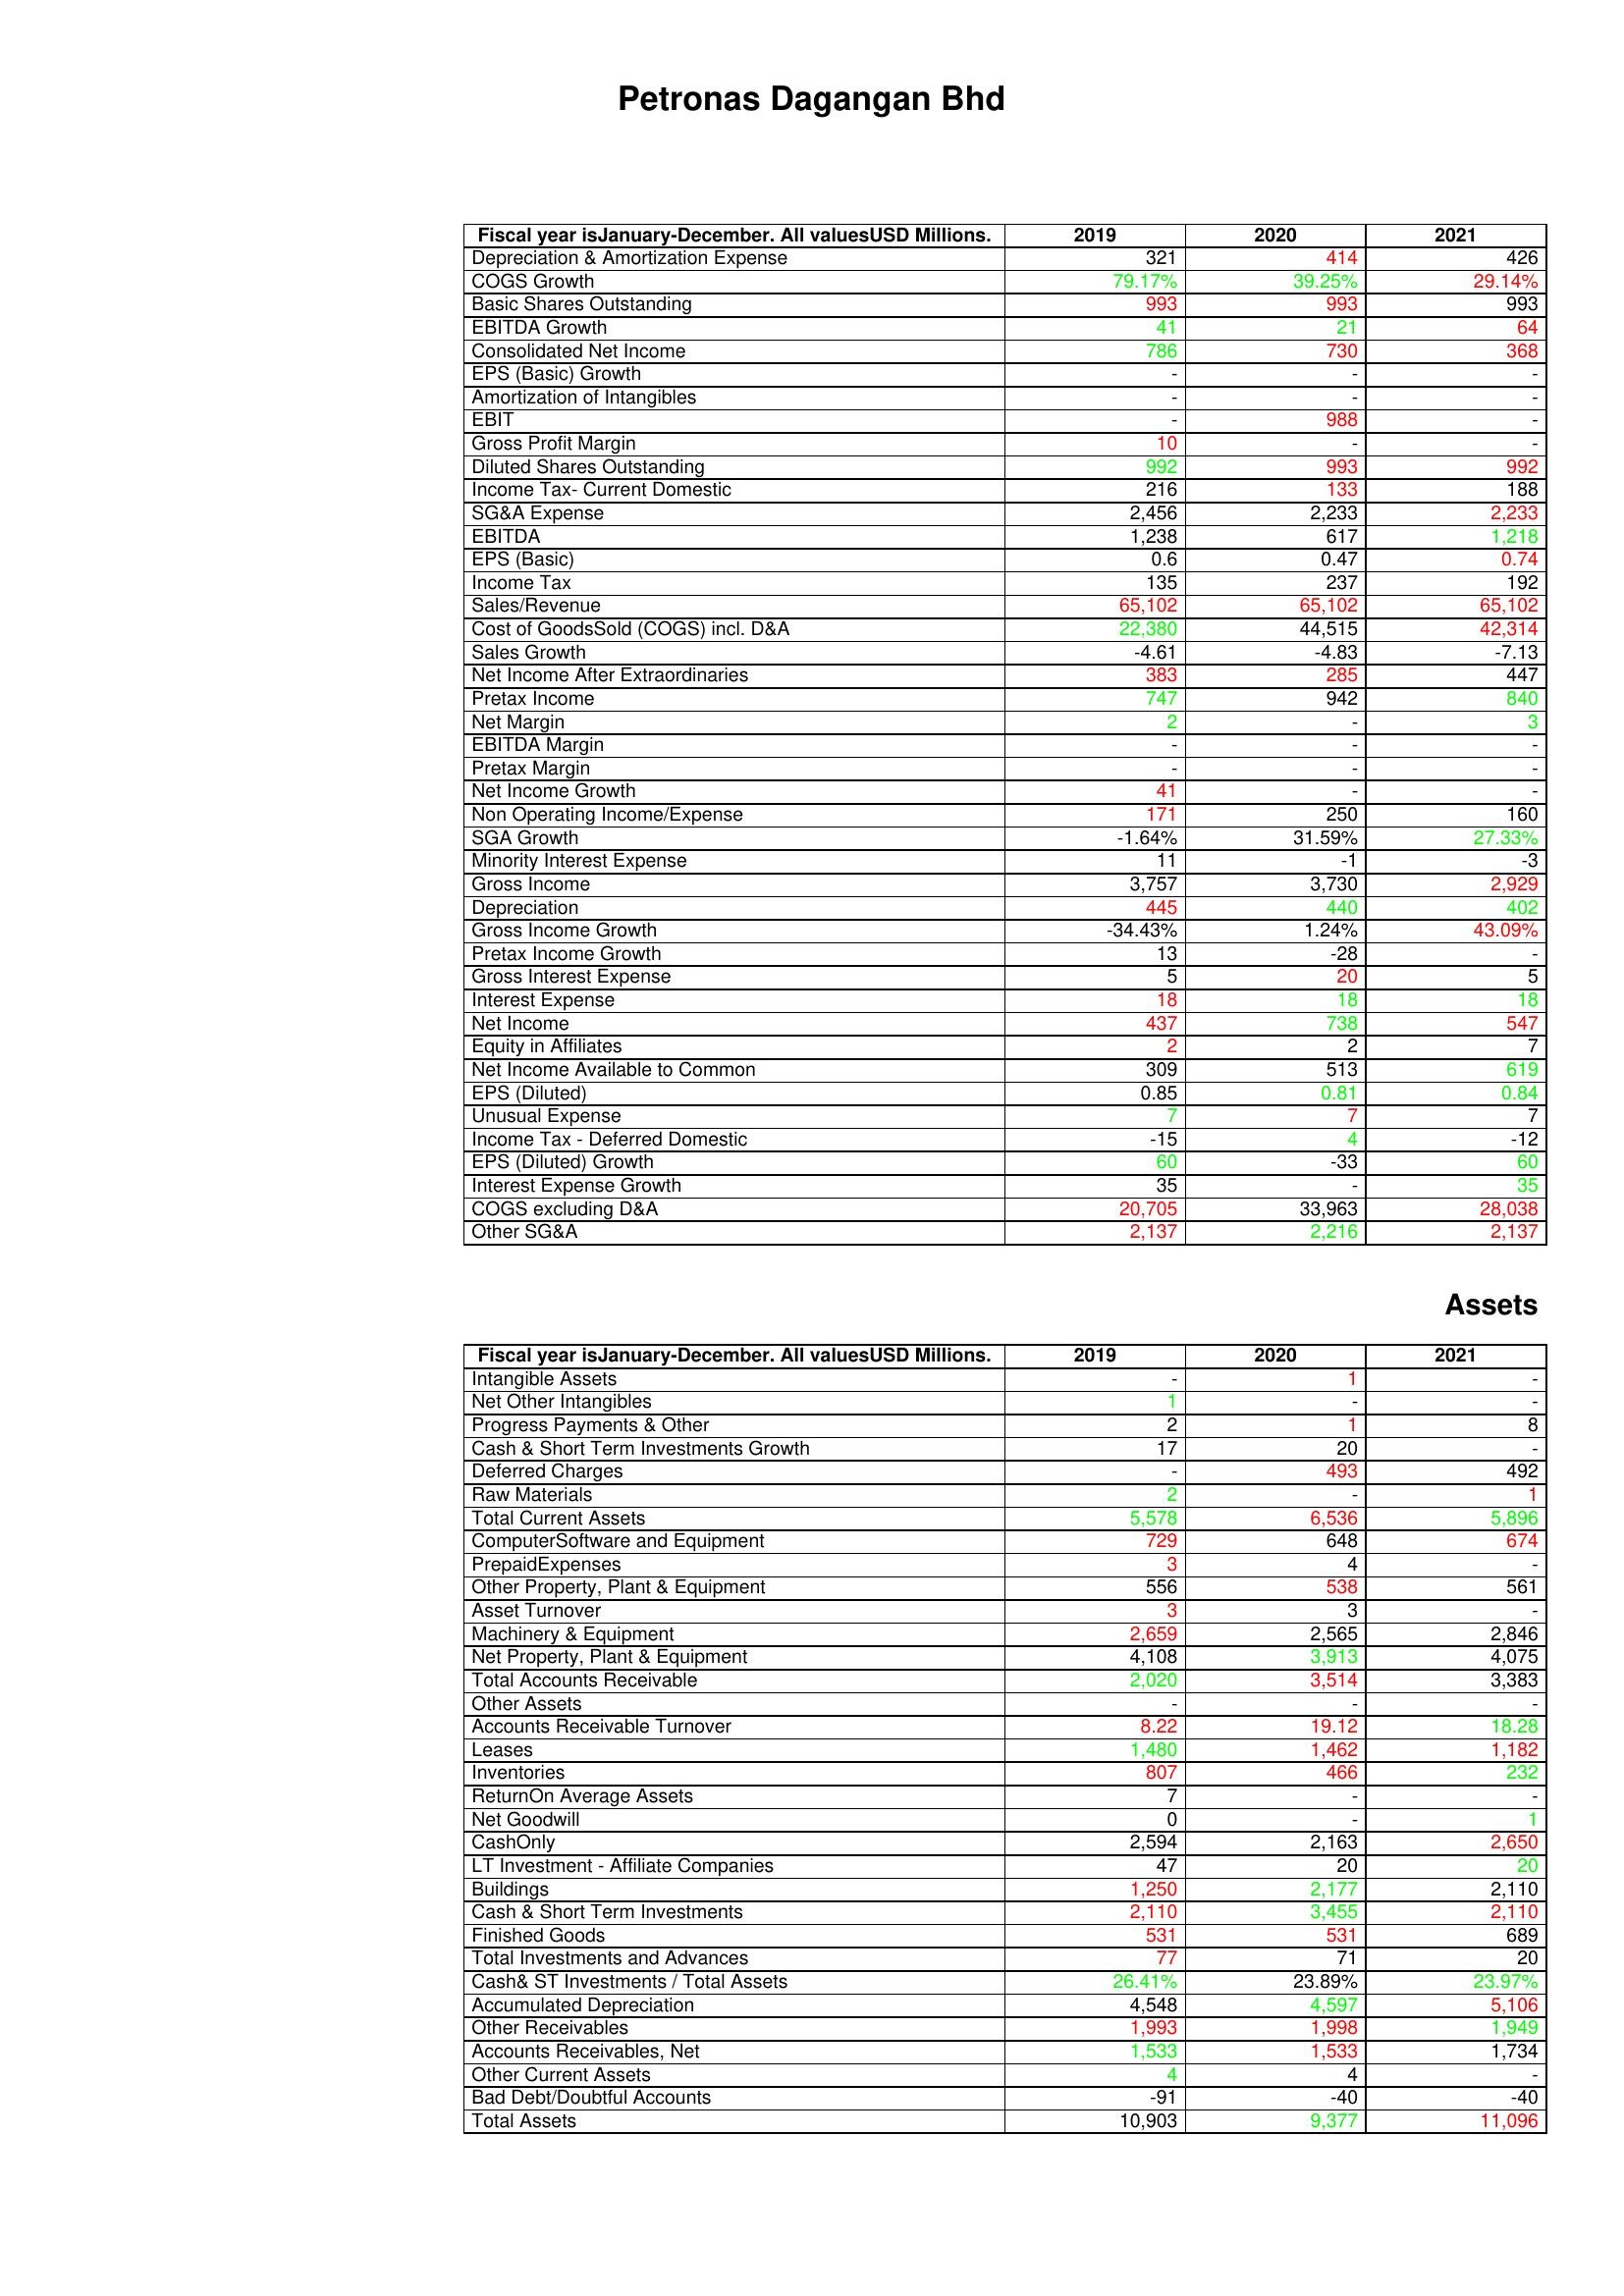
gt_parse: 2019: : Depreciation & Amortization Expense: 321
COGS Growth: 79.17%
Basic Shares Outstanding: 993
EBITDA Growth: 41
Consolidated Net Income: 786
EPS (Basic) Growth: -
Amortization of Intangibles: -
EBIT: -
Gross Profit Margin: 10
Diluted Shares Outstanding: 992
Income Tax- Current Domestic: 216
SG&A Expense: 2,456
EBITDA: 1,238
EPS (Basic): 0.6
Income Tax: 135
Sales/Revenue: 65,102
Cost of GoodsSold (COGS) incl. D&A: 22,380
Sales Growth: -4.61
Net Income After Extraordinaries: 383
Pretax Income: 747
Net Margin: 2
EBITDA Margin: -
Pretax Margin: -
Net Income Growth: 41
Non Operating Income/Expense: 171
SGA Growth: -1.64%
Minority Interest Expense: 11
Gross Income: 3,757
Depreciation: 445
Gross Income Growth: -34.43%
Pretax Income Growth: 13
Gross Interest Expense: 5
Interest Expense: 18
Net Income: 437
Equity in Affiliates: 2
Net Income Available to Common: 309
EPS (Diluted): 0.85
Unusual Expense: 7
Income Tax - Deferred Domestic: -15
EPS (Diluted) Growth: 60
Interest Expense Growth: 35
COGS excluding D&A: 20,705
Other SG&A: 2,137
Assets: Intangible Assets: -
Net Other Intangibles: 1
Progress Payments & Other: 2
Cash & Short Term Investments Growth: 17
Deferred Charges: -
Raw Materials: 2
Total Current Assets: 5,578
ComputerSoftware and Equipment: 729
PrepaidExpenses: 3
Other Property, Plant & Equipment: 556
Asset Turnover: 3
Machinery & Equipment: 2,659
Net Property, Plant & Equipment: 4,108
Total Accounts Receivable: 2,020
Other Assets: -
Accounts Receivable Turnover: 8.22
Leases: 1,480
Inventories: 807
ReturnOn Average Assets: 7
Net Goodwill: 0
CashOnly: 2,594
LT Investment - Affiliate Companies: 47
Buildings: 1,250
Cash & Short Term Investments: 2,110
Finished Goods: 531
Total Investments and Advances: 77
Cash& ST Investments / Total Assets: 26.41%
Accumulated Depreciation: 4,548
Other Receivables: 1,993
Accounts Receivables, Net: 1,533
Other Current Assets: 4
Bad Debt/Doubtful Accounts: -91
Total Assets: 10,903
2020: : Depreciation & Amortization Expense: 414
COGS Growth: 39.25%
Basic Shares Outstanding: 993
EBITDA Growth: 21
Consolidated Net Income: 730
EPS (Basic) Growth: -
Amortization of Intangibles: -
EBIT: 988
Gross Profit Margin: -
Diluted Shares Outstanding: 993
Income Tax- Current Domestic: 133
SG&A Expense: 2,233
EBITDA: 617
EPS (Basic): 0.47
Income Tax: 237
Sales/Revenue: 65,102
Cost of GoodsSold (COGS) incl. D&A: 44,515
Sales Growth: -4.83
Net Income After Extraordinaries: 285
Pretax Income: 942
Net Margin: -
EBITDA Margin: -
Pretax Margin: -
Net Income Growth: -
Non Operating Income/Expense: 250
SGA Growth: 31.59%
Minority Interest Expense: -1
Gross Income: 3,730
Depreciation: 440
Gross Income Growth: 1.24%
Pretax Income Growth: -28
Gross Interest Expense: 20
Interest Expense: 18
Net Income: 738
Equity in Affiliates: 2
Net Income Available to Common: 513
EPS (Diluted): 0.81
Unusual Expense: 7
Income Tax - Deferred Domestic: 4
EPS (Diluted) Growth: -33
Interest Expense Growth: -
COGS excluding D&A: 33,963
Other SG&A: 2,216
Assets: Intangible Assets: 1
Net Other Intangibles: -
Progress Payments & Other: 1
Cash & Short Term Investments Growth: 20
Deferred Charges: 493
Raw Materials: -
Total Current Assets: 6,536
ComputerSoftware and Equipment: 648
PrepaidExpenses: 4
Other Property, Plant & Equipment: 538
Asset Turnover: 3
Machinery & Equipment: 2,565
Net Property, Plant & Equipment: 3,913
Total Accounts Receivable: 3,514
Other Assets: -
Accounts Receivable Turnover: 19.12
Leases: 1,462
Inventories: 466
ReturnOn Average Assets: -
Net Goodwill: -
CashOnly: 2,163
LT Investment - Affiliate Companies: 20
Buildings: 2,177
Cash & Short Term Investments: 3,455
Finished Goods: 531
Total Investments and Advances: 71
Cash& ST Investments / Total Assets: 23.89%
Accumulated Depreciation: 4,597
Other Receivables: 1,998
Accounts Receivables, Net: 1,533
Other Current Assets: 4
Bad Debt/Doubtful Accounts: -40
Total Assets: 9,377
2021: : Depreciation & Amortization Expense: 426
COGS Growth: 29.14%
Basic Shares Outstanding: 993
EBITDA Growth: 64
Consolidated Net Income: 368
EPS (Basic) Growth: -
Amortization of Intangibles: -
EBIT: -
Gross Profit Margin: -
Diluted Shares Outstanding: 992
Income Tax- Current Domestic: 188
SG&A Expense: 2,233
EBITDA: 1,218
EPS (Basic): 0.74
Income Tax: 192
Sales/Revenue: 65,102
Cost of GoodsSold (COGS) incl. D&A: 42,314
Sales Growth: -7.13
Net Income After Extraordinaries: 447
Pretax Income: 840
Net Margin: 3
EBITDA Margin: -
Pretax Margin: -
Net Income Growth: -
Non Operating Income/Expense: 160
SGA Growth: 27.33%
Minority Interest Expense: -3
Gross Income: 2,929
Depreciation: 402
Gross Income Growth: 43.09%
Pretax Income Growth: -
Gross Interest Expense: 5
Interest Expense: 18
Net Income: 547
Equity in Affiliates: 7
Net Income Available to Common: 619
EPS (Diluted): 0.84
Unusual Expense: 7
Income Tax - Deferred Domestic: -12
EPS (Diluted) Growth: 60
Interest Expense Growth: 35
COGS excluding D&A: 28,038
Other SG&A: 2,137
Assets: Intangible Assets: -
Net Other Intangibles: -
Progress Payments & Other: 8
Cash & Short Term Investments Growth: -
Deferred Charges: 492
Raw Materials: 1
Total Current Assets: 5,896
ComputerSoftware and Equipment: 674
PrepaidExpenses: -
Other Property, Plant & Equipment: 561
Asset Turnover: -
Machinery & Equipment: 2,846
Net Property, Plant & Equipment: 4,075
Total Accounts Receivable: 3,383
Other Assets: -
Accounts Receivable Turnover: 18.28
Leases: 1,182
Inventories: 232
ReturnOn Average Assets: -
Net Goodwill: 1
CashOnly: 2,650
LT Investment - Affiliate Companies: 20
Buildings: 2,110
Cash & Short Term Investments: 2,110
Finished Goods: 689
Total Investments and Advances: 20
Cash& ST Investments / Total Assets: 23.97%
Accumulated Depreciation: 5,106
Other Receivables: 1,949
Accounts Receivables, Net: 1,734
Other Current Assets: -
Bad Debt/Doubtful Accounts: -40
Total Assets: 11,096